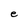
Character: e